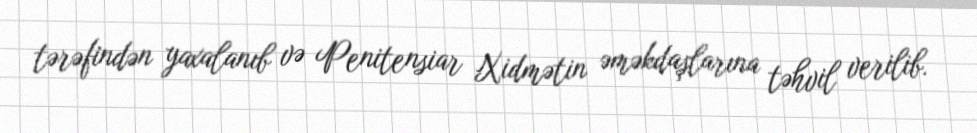
tərəfindən yaxalanıb və Penitensiar Xidmətin əməkdaşlarına təhvil verilib.